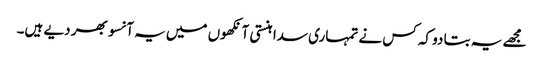
مجھے یہ بتا دو کہ کس نے تمہاری سدا ہنستی آنکھوں میں یہ آنسو بھر دیے ہیں۔